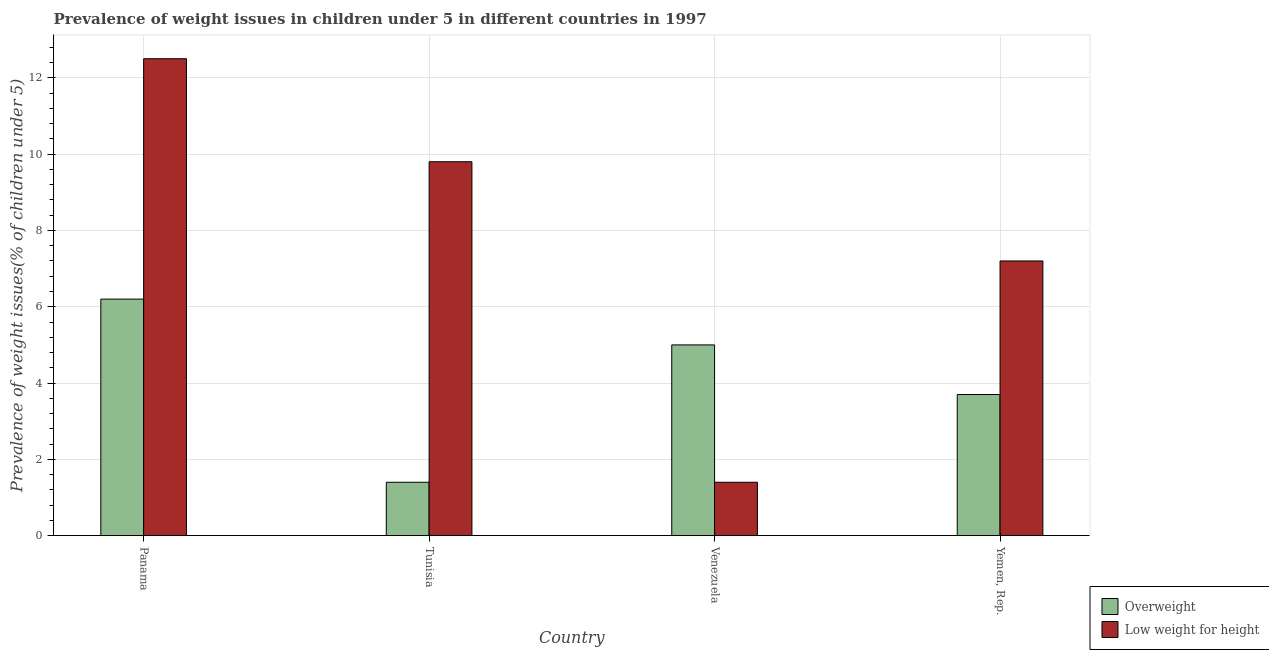
| Country | Overweight | Low weight for height |
 | --- | --- | --- |
 | Panama | 6.2 | 12.5 |
 | Tunisia | 1.4 | 9.8 |
 | Venezuela | 5 | 1.4 |
 | Yemen, Rep. | 3.7 | 7.2 |